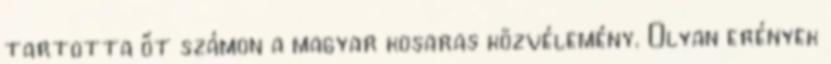
tartotta őt számon a magyar kosaras közvélemény. Olyan erények